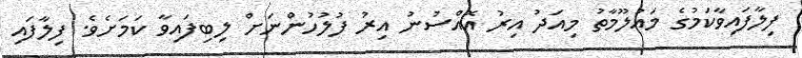
ފިލާފައިވާކަމުގެ މައުލޫމާތު މިއަދު އިރު އޮއްސުނު އިރު ފުލުހުންނަށް ލިބިފައިވާ ކަމަށެވެ. ފިލާފައި